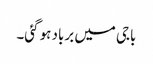
باجی میں برباد ہو گئی۔